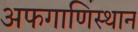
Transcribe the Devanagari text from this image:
अफगाणिस्थान